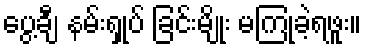
ပွေ့ချီ နမ်းရှုပ် ခြင်းမျိုး မကြုံခဲ့ရဖူး။